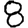
Digit: 8